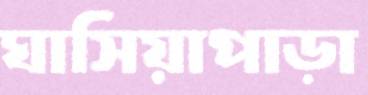
ঘাসিয়াপাড়া